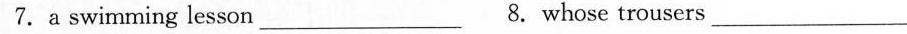
7. a swimming lesson___ 8.Whose trousers____